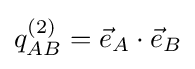
q_{AB}^{(2)}={\vec {e}}_{A}\cdot {\vec {e}}_{B}